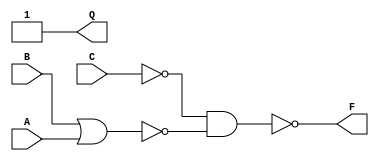
`timescale 1ns / 1ps
//////////////////////////////////////////////////////////////////////////////////
// Company: 
// Engineer: 
// 
// Design Name: 
// Module Name: odev1_devre
// Project Name: 
// Target Devices: 
// Tool Versions: 
// Description: 
// 
// Dependencies: 
// 
// Revision:
// Revision 0.01 - File Created
// Additional Comments:
// 
//////////////////////////////////////////////////////////////////////////////////


module odev1_devre(
    input A,B,C,
    output F,Q
    );
    
    wire bufA;
    buf i1(bufA,A);
    
    wire bufAnorB;
    nor i2(bufAnorB,B,bufA);
    
    wire nC;
    not i3(nC,C);
    
    wire nCnandbufAnorB;
    nand i4(nCnandbufAnorB,nC,bufAnorB);
    
    wire nCandZero;
    and i5(nCandZero,nC,0);
    
    wire nCandZeroxornCnandbufAnorB;
    xor i6(nCandZeroxornCnandbufAnorB,nCandZero,nCnandbufAnorB);
    
    wire nCandZeroxnornCnandbufAnorB;
    xnor i7(nCandZeroxnornCnandbufAnorB,nCandZero,nCnandbufAnorB);
    
    or i8(Q,nCandZeroxornCnandbufAnorB,nCandZeroxnornCnandbufAnorB);
    
    xor i9(F,nCandZero,nCnandbufAnorB);
    
    
    
endmodule